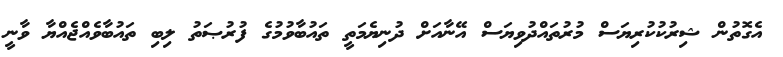
އެގޮތުން ޝިރުކުކުރިޔަސް މުރުތައްދުވިޔަސް އޭނާއަށް ދުނިޔެމަތީ ތައުބާވުމުގެ ފުރުޞަތު ލިބި ތައުބާވެއްޖެއްޔާ ވާނީ